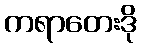
ကရာတေးဒို